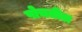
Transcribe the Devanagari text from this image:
पोचतील